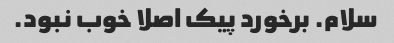
سلام. برخورد پیک اصلا خوب نبود.